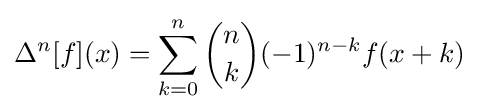
\Delta ^{n}[f](x)=\sum _{k=0}^{n}{n \choose k}(-1)^{n-k}f(x+k)